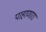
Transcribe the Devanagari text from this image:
पाहाणारा